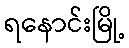
ရနောင်းမြို့